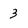
Character: 3